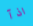
اذآ